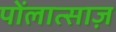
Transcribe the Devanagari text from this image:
पोंलात्साज़